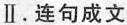
Ⅱ.连句成文